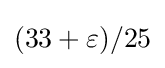
(33+\varepsilon )/25